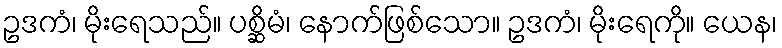
ဥဒကံ၊ မိုးရေသည်။ ပစ္ဆိမံ၊ နောက်ဖြစ်သော။ ဥဒကံ၊ မိုးရေကို။ ယေန၊